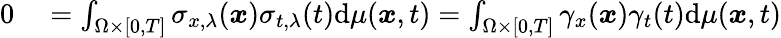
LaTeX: \begin{array}{rl}{0}&{{}=\int_{\Omega\times[0,T]}\sigma_{x,\lambda}(\boldsymbol{x})\sigma_{t,\lambda}(t)\mathrm{d}\mu(\boldsymbol{x},t)=\int_{\Omega\times[0,T]}\gamma_{x}(\boldsymbol{x})\gamma_{t}(t)\mathrm{d}\mu(\boldsymbol{x},t)}\end{array}